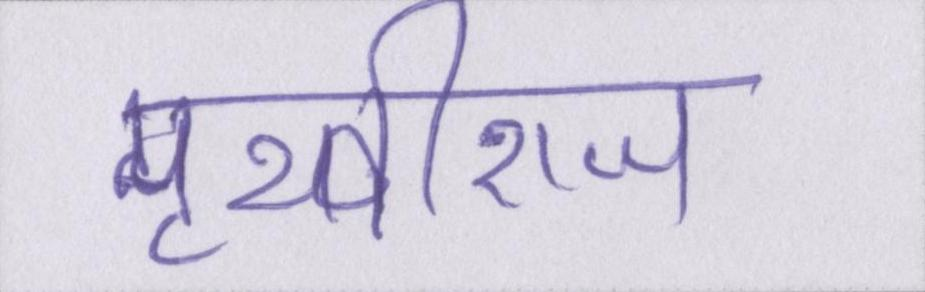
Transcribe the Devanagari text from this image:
पृथ्वीराज